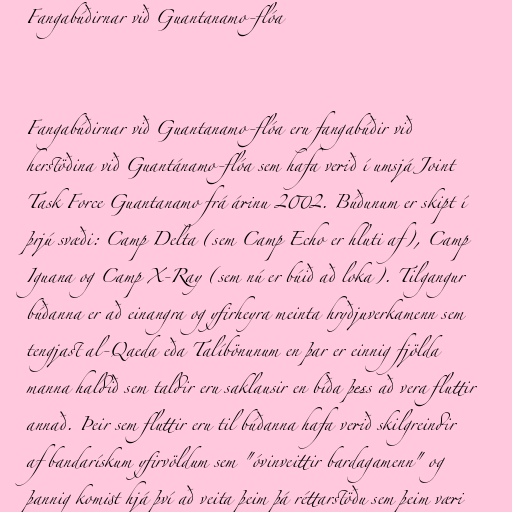
Fangabúðirnar við Guantanamo-flóa

Fangabúðirnar við Guantanamo-flóa eru fangabúðir við
herstöðina við Guantánamo-flóa sem hafa verið í umsjá Joint
Task Force Guantanamo frá árinu 2002. Búðunum er skipt í
þrjú svæði: Camp Delta (sem Camp Echo er hluti af), Camp
Iguana og Camp X-Ray (sem nú er búið að loka). Tilgangur
búðanna er að einangra og yfirheyra meinta hryðjuverkamenn sem
tengjast al-Qaeda eða Talíbönunum en þar er einnig fjölda
manna haldið sem taldir eru saklausir en bíða þess að vera fluttir
annað. Þeir sem fluttir eru til búðanna hafa verið skilgreindir
af bandarískum yfirvöldum sem "óvinveittir bardagamenn" og
þannig komist hjá því að veita þeim þá réttarstöðu sem þeim væri